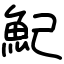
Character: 魢